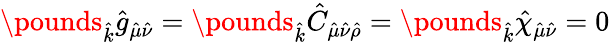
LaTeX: \pounds_{\hat{k}}\hat{g}_{\hat{\mu}\hat{\nu}}=\pounds_{\hat{k}}\hat{C}_{\hat{\mu}\hat{\nu}\hat{\rho}}=\pounds_{\hat{k}}\hat{\chi}_{\hat{\mu}\hat{\nu}}=0